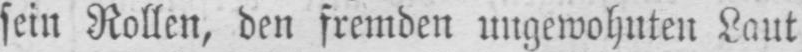
sein Rollen, den fremden ungewohnten Laut